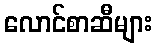
လောင်စာဆီများ